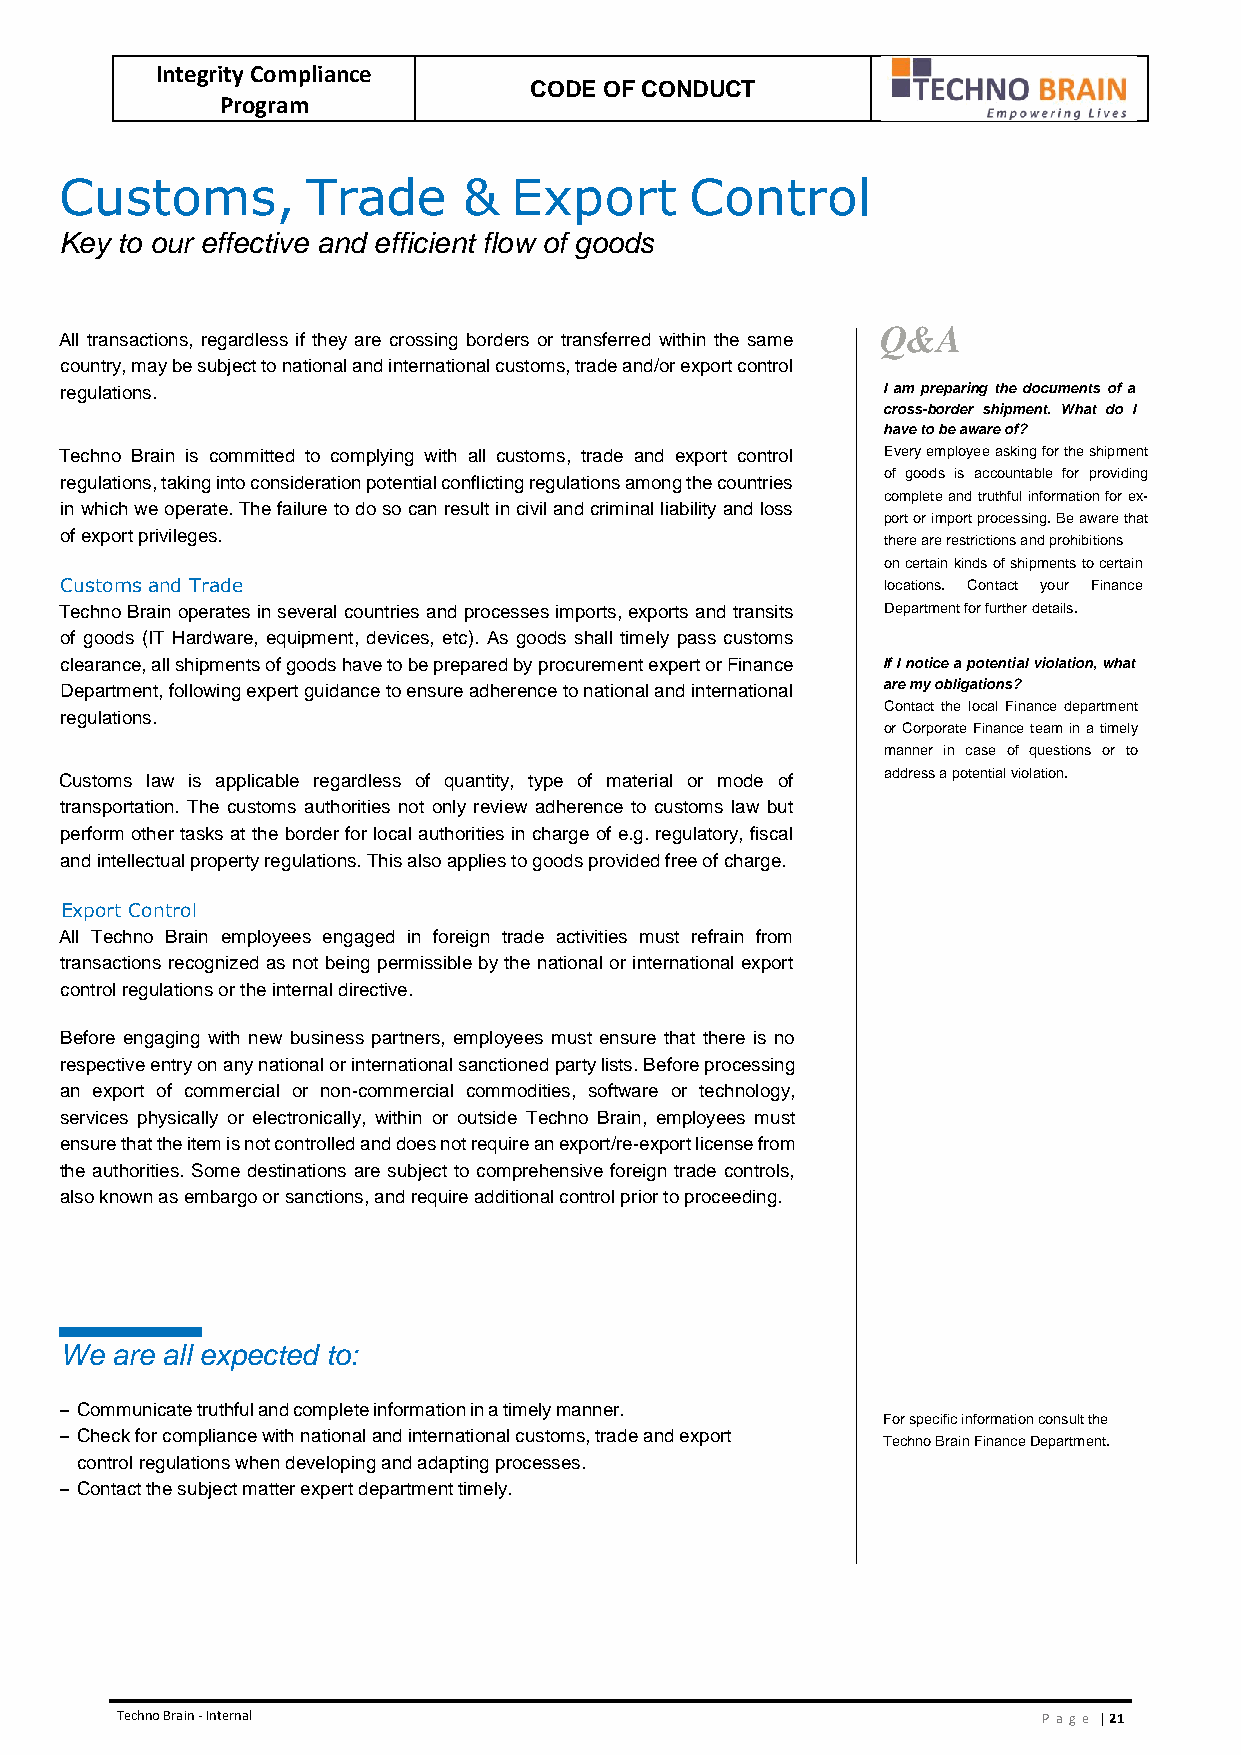
Integrity Compliance
 CODE OF CONDUCT
 Program
 Customs,        Trade      &  Export      Control
 Key to our effective and efficient flow of goods
 Q&A
 All transactions, regardless if they are crossing borders or transferred within the same
 country, may be subject to national and international customs, trade and/or export control
 regulations.                                          I am preparing the documents of a
 cross-border shipment. What do I
 have to be aware of?
 Techno Brain is committed to complying with all customs, trade and export control Every employee asking for the shipment
 of goods is accountable for providing
 regulations, taking into consideration potential conflicting regulations among the countries
 complete and truthful information for ex-
 in which we operate. The failure to do so can result in civil and criminal liability and loss
 port or import processing. Be aware that
 of export privileges.
 there are restrictions and prohibitions
 on certain kinds of shipments to certain
 Customs and Trade                                      locations. Contact your Finance
 Techno Brain operates in several countries and processes imports, exports and transits Department for further details.
 of goods (IT Hardware, equipment, devices, etc). As goods shall timely pass customs
 clearance, all shipments of goods have to be prepared by procurement expert or Finance If I notice a potential violation, what
 Department, following expert guidance to ensure adherence to national and international are my obligations?
 Contact the local Finance department
 regulations.
 or Corporate Finance team in a timely
 manner in case of questions or to
 Customs law is applicable regardless of quantity, type of material or mode of address a potential violation.
 transportation. The customs authorities not only review adherence to customs law but
 perform other tasks at the border for local authorities in charge of e.g. regulatory, fiscal
 and intellectual property regulations. This also applies to goods provided free of charge.
 Export Control
 All Techno Brain employees engaged in foreign trade activities must refrain from
 transactions recognized as not being permissible by the national or international export
 control regulations or the internal directive.
 Before engaging with new business partners, employees must ensure that there is no
 respective entry on any national or international sanctioned party lists. Before processing
 an export of commercial or non-commercial commodities, software or technology,
 services physically or electronically, within or outside Techno Brain, employees must
 ensure that the item is not controlled and does not require an export/re-export license from
 the authorities. Some destinations are subject to comprehensive foreign trade controls,
 also known as embargo or sanctions, and require additional control prior to proceeding.
 We are all expected to:
 – Communicate truthful and complete information in a timely manner.
 For specific information consult the
 – Check for compliance with national and international customs, trade and export
 Techno Brain Finance Department.
 control regulations when developing and adapting processes.
 – Contact the subject matter expert department timely.
 Techno Brain - Internal                                      Pa ge | 21